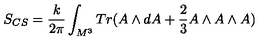
S _ { C S } = \frac { k } { 2 \pi } \int _ { M ^ { 3 } } T r ( A \wedge d A + \frac { 2 } { 3 } A \wedge A \wedge A )